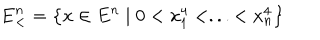
LaTeX: \mathbf { E } _ { < } ^ { n } = \left\{ x \in E ^ { n } \mid 0 < x _ { 1 } ^ { 4 } < . . . < x _ { n } ^ { 4 } \right\}